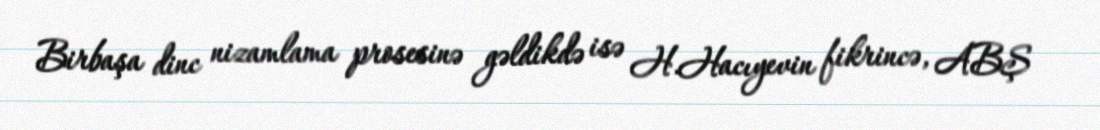
Birbaşa dinc nizamlama prosesinə gəldikdə isə H.Hacıyevin fikrincə, ABŞ